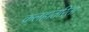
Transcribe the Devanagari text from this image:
कलहांतरिता